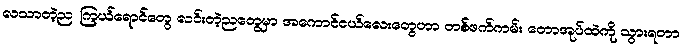
လသာတဲ့ည၊ ကြယ်ရောင်တွေ လင်းတဲ့ညတွေမှာ အကောင်ငယ်လေးတွေဟာ တစ်ဖက်ကမ်း တောအုပ်ထဲကို သွားရတာ